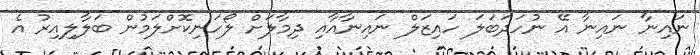
ނައިނާ ނައިނާ އޭ ނުހަދަބަލަ ހައިޒަލް ނައިނާއާއި ދިމާލަށް ލޯހަނިކޮށްލަމުން ބަލާލިއިރު އެ